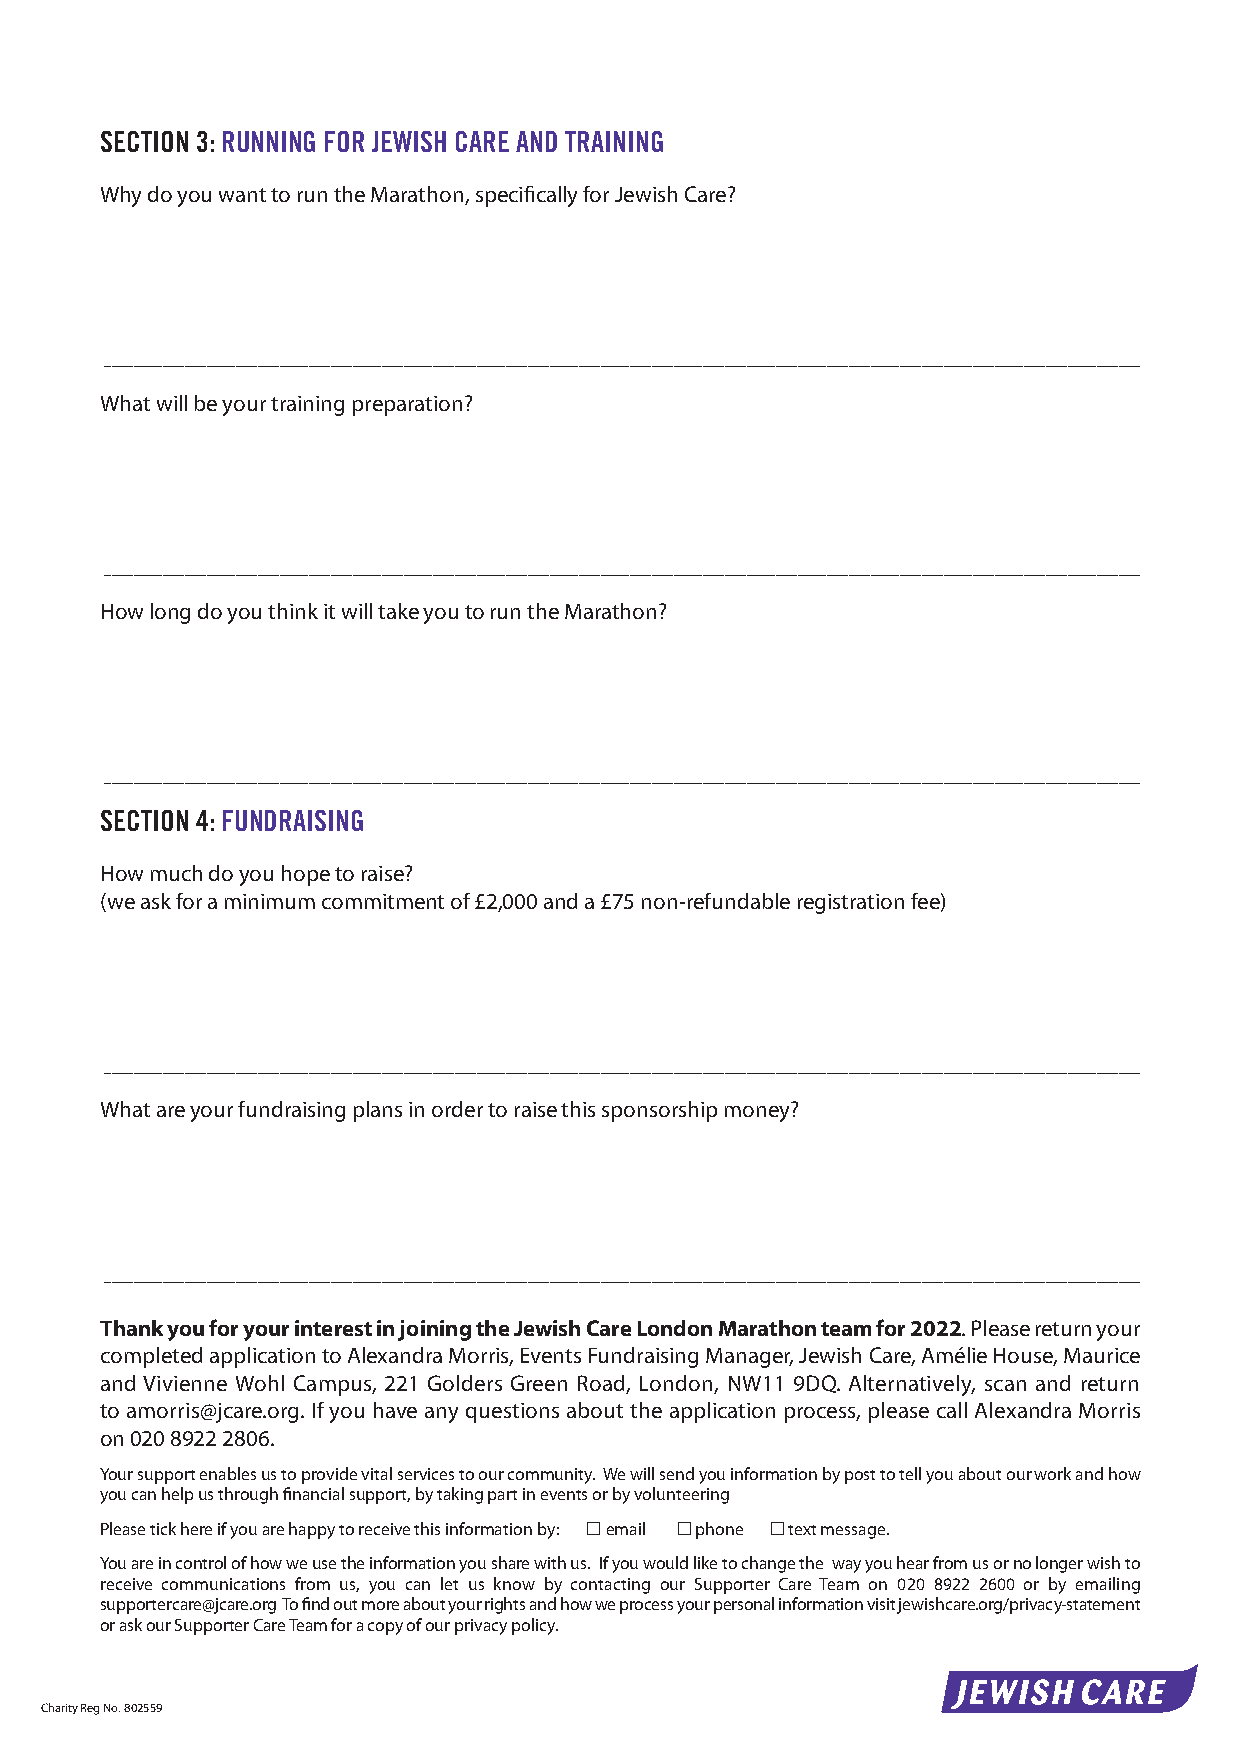
SECTION 3: RUNNING FOR JEWISH CARE AND TRAINING
 Why do you want to run the Marathon, specifically for Jewish Care?
 ______________________________________________________________________________________________________________________________________________
 What will be your training preparation?
 ______________________________________________________________________________________________________________________________________________
 How long do you think it will take you to run the Marathon?
 ______________________________________________________________________________________________________________________________________________
 SECTION 4: FUNDRAISING
 How much do you hope to raise?
 (we ask for a minimum commitment of £2,000 and a £75 non-refundable registration fee)
 ______________________________________________________________________________________________________________________________________________
 What are your fundraising plans in order to raise this sponsorship money?
 ______________________________________________________________________________________________________________________________________________
 Thank you for your interest in joining the Jewish Care London Marathon team for 2022. Please return your
 completed application to Alexandra Morris, Events Fundraising Manager, Jewish Care, Amélie House, Maurice
 and Vivienne Wohl Campus, 221 Golders Green Road, London, NW11 9DQ. Alternatively, scan and return
 to amorris@jcare.org. If you have any questions about the application process, please call Alexandra Morris
 on 020 8922 2806.
 Your support enables us to provide vital services to our community. We will send you information by post to tell you about our work and how
 you can help us through financial support, by taking part in events or by volunteering
 Please tick here if you are happy to receive this information by: n email n phone n text message.
 You are in control of how we use the information you share with us. If you would like to change the way you hear from us or no longer wish to
 receive communications from us, you can let us know by contacting our Supporter Care Team on 020 8922 2600 or by emailing
 supportercare@jcare.org To find out more about your rights and how we process your personal information visit jewishcare.org/privacy-statement
 or ask our Supporter Care Team for a copy of our privacy policy.
 Charity Reg No. 802559